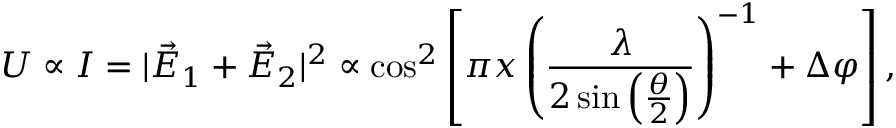
U \propto I = | \vec { E } _ { 1 } + \vec { E } _ { 2 } | ^ { 2 } \propto \cos ^ { 2 } \left[ \pi x \left( \frac { \lambda } { 2 \sin \left( \frac { \theta } { 2 } \right) } \right) ^ { - 1 } + \Delta \varphi \right] ,